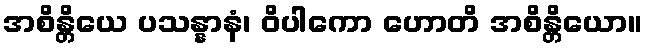
အစိန္တိယေ ပသန္နာနံ၊ ဝိပါကော ဟောတိ အစိန္တိယော။